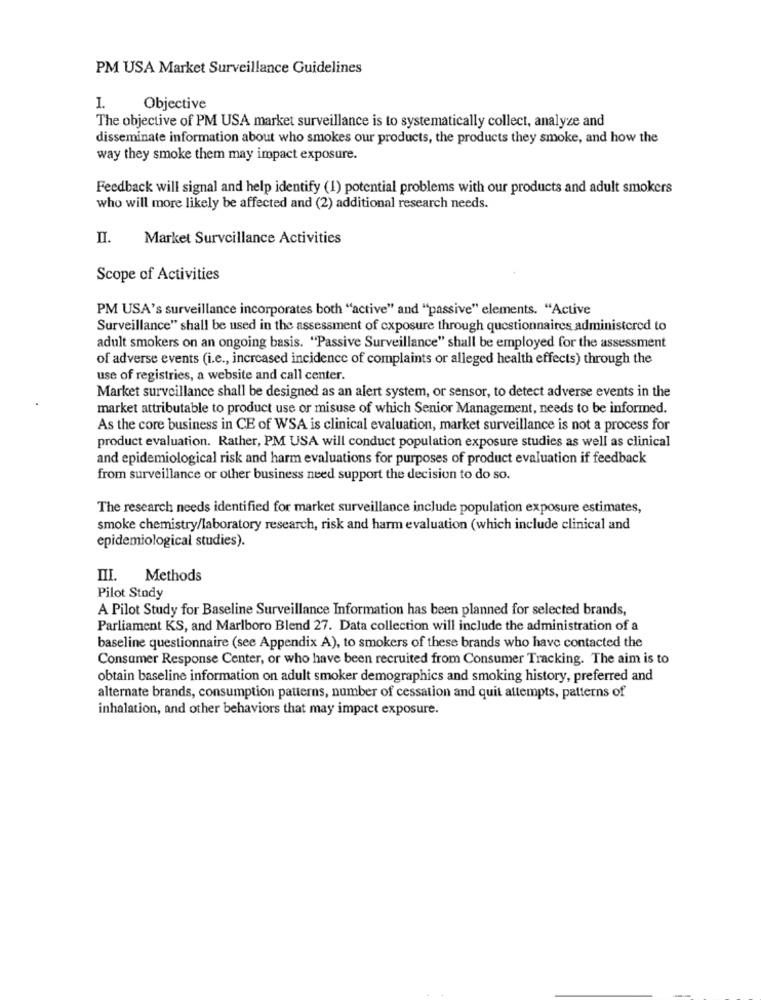
PM USA Market Surveillance Guidelines
1.
Objective
The objective of PM USA market surveillance is to systematically collect, analyze and
disseminate information about who smokes our products, the products they smoke, and how the
way they smoke them may impact exposure.
Feedback will signal and help identify (1) potential problems with our products and adult smokers
who will more likely be affected and (2) additional research needs.
II.
Market Surveillance Activities
Scope of Activities
PM USA's surveillance incorporates both "active" and "passive" elements. "Active
Surveillance" shall be used in the assessment of exposure through questionnaires administered to
adult smokers on an ongoing basis. "Passive Surveillance" shall be employed for the assessment
of adverse events (i.e ., increased incidence of complaints or alleged health effects) through the
use of registries, a website and call center.
Market surveillance shall be designed as an alert system, or sensor, to detect adverse events in the
market attributable to product use or misuse of which Senior Management, needs to be informed.
As the core business in CE of WSA is clinical evaluation, market surveillance is not a process for
product evaluation. Rather, PM USA will conduct population exposure studies as well as clinical
and epidemiological risk and harm evaluations for purposes of product evaluation if feedback
from surveillance or other business need support the decision to do so.
The research needs identified for market surveillance include population exposure estimates,
smoke chemistry/laboratory research, risk and harm evaluation (which include clinical and
epidemiological studies).
III. Methods
Pilot Study
A Pilot Study for Baseline Surveillance Information has been planned for selected brands,
Parliament KS, and Marlboro Blend 27. Data collection will include the administration of a
baseline questionnaire (see Appendix A), to smokers of these brands who have contacted the
Consumer Response Center, or who have been recruited from Consumer Tracking. The aim is to
obtain baseline information on adult smoker demographics and smoking history, preferred and
alternate brands, consumption patterns, number of cessation and quit attempts, patterns of
inhalation, and other behaviors that may impact exposure.